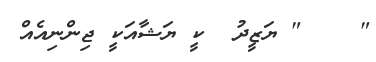
"    " ޔަޒީދު  ކީ ޔަޝާއަކީ ޖިންނިއެއް